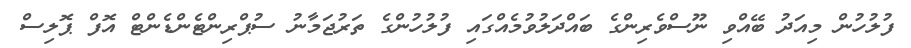
ފުލުހުން މިއަދު ބޭއްވި ނޫސްވެރިންގެ ބައްދަލުވުމެއްގައި ފުލުހުންގެ ތަރުޖަމާނު ސުޕްރިންޓެންޑެންޓް އޮފް ޕޮލިސް